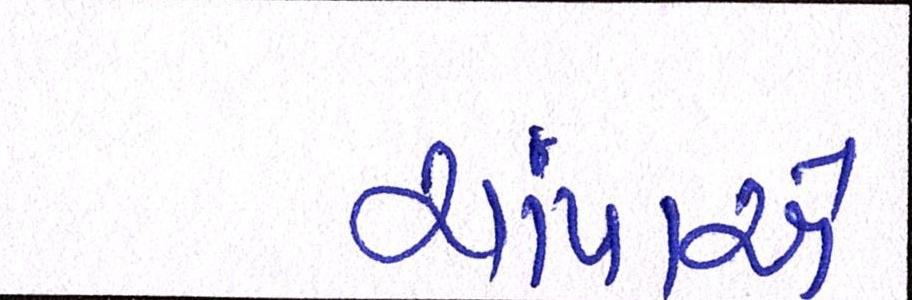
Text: ચાંપાએ